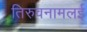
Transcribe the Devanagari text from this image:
तिरुवनामलई